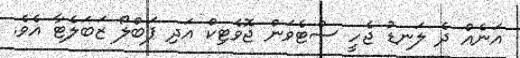
އަނެއް ދެ ލަނޑު ޖެހީ ސްޓެވަން ޖޮވެޓިކް އަދި ޕަބްލޯ ޒަބަލެޓާ އެވެ.